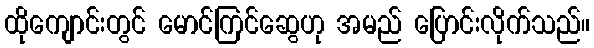
ထိုကျောင်းတွင် မောင်ကြင်ဆွေဟု အမည် ပြောင်းလိုက်သည်။